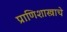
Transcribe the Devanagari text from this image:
प्राणिशास्त्राचे